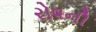
રોષની